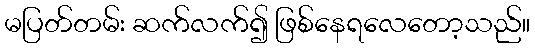
မပြတ်တမ်း ဆက်လက်၍ ဖြစ်နေရလေတော့သည်။